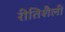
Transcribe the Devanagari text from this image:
रीतिशैली